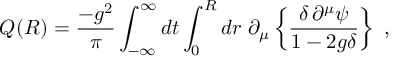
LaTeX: Q ( R ) = \frac { - g ^ { 2 } } { \pi } \int _ { - \infty } ^ { \infty } d t \int _ { 0 } ^ { R } d r ~ \partial _ { \mu } \left\{ \frac { \delta \, \partial ^ { \mu } \psi } { 1 - 2 g \delta } \right\} { } ~ ,